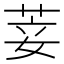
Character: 𦯺